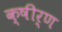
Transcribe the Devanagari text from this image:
क्षीर्ण